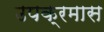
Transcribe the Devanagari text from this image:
उपक्रमास